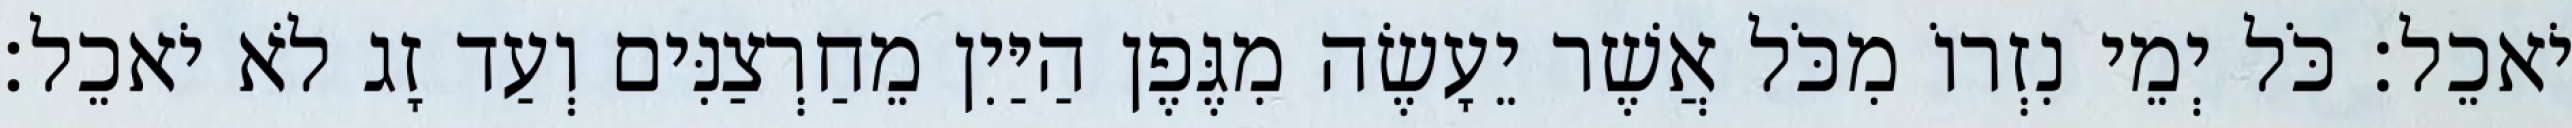
יֹאכֵל׃ כֹּל יְמֵי נִזְרוֹ מִכֹּל אֲשֶׁר יֵעָשֶׂה מִגֶּפֶן הַיַּיִן מֵחַרְצַנִּים וְעַד זָג לֹא יֹאכֵל׃